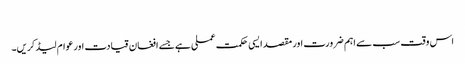
​
اس وقت سب سے اہم ضرورت اور مقصد ایسی حکمت عملی ہے جسے افغان قیادت اور عوام لیڈ کریں۔